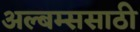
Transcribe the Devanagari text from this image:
अल्बम्ससाठी